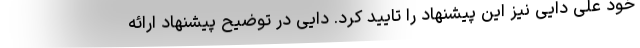
خود علی دایی نیز این پیشنهاد را تایید کرد. دایی در توضیح پیشنهاد ارائه